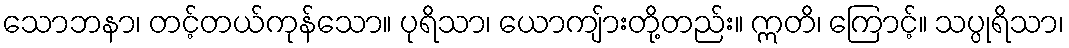
သောဘနာ၊ တင့်တယ်ကုန်သော။ ပုရိသာ၊ ယောကျ်ားတို့တည်း။ ဣတိ၊ ကြောင့်။ သပ္ပုရိသာ၊